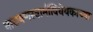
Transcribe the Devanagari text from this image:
नारायणस्वामींविधेयकाच्या